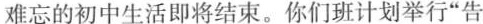
难忘的初中生活即将结束。你们班计划举行”告